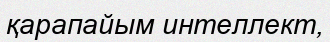
қарапайым интеллект,